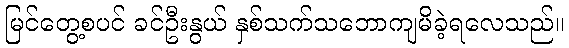
မြင်တွေ့စပင် ခင်ဦးနွယ် နှစ်သက်သဘောကျမိခဲ့ရလေသည်။